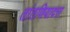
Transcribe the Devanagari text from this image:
तांतणियादरा